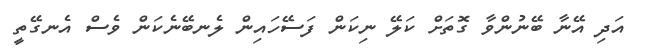
އަަދި އޭނާ ބޭނުންވާ ގޮތަށް ކަލޭ ނިކަން ފަސޭހައިން ލެނބޭނެކަން ވެސް އެނގޭތީ